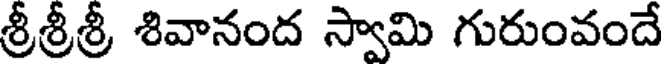
శ్రీశ్రీశ్రీ శివానంద స్వామి గురుంవందే